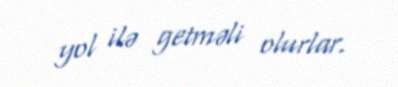
yol ilə getməli olurlar.